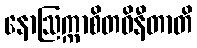
နောဩက္ကာစိတဝိနီတာတိ